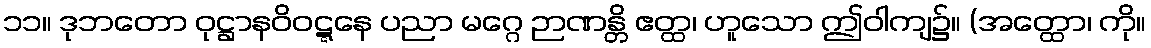
၁၁။ ဒုဘတော ဝုဋ္ဌာနဝိဝဋ္ဋနေ ပညာ မဂ္ဂေ ဉာဏန္တိ ဧတ္ထ၊ ဟူသော ဤဝါကျ၌။ (အတ္ထော၊ ကို။